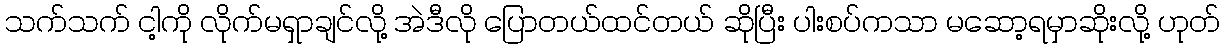
သက်သက် ငါ့ကို လိုက်မရှာချင်လို့ အဲဒီလို ပြောတယ်ထင်တယ် ဆိုပြီး ပါးစပ်ကသာ မဆော့ရမှာဆိုးလို့ ဟုတ်